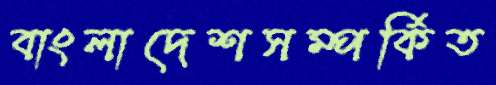
বাংলাদেশসম্পর্কিত